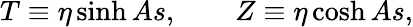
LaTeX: T\equiv\eta\sinh As,\qquad Z\equiv\eta\cosh As,